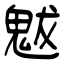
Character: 魃